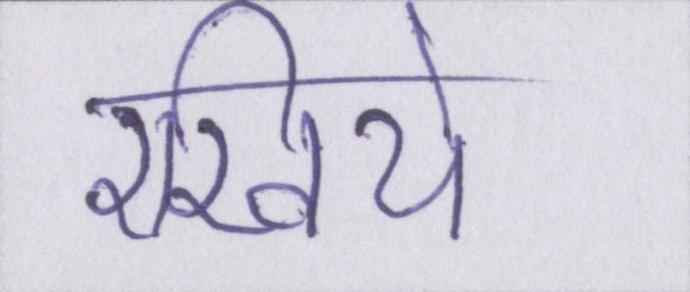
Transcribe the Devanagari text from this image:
रखिये